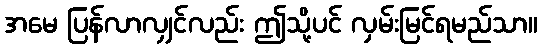
အမေ ပြန်လာလျှင်လည်း ဤသို့ပင် လှမ်းမြင်ရမည်သာ။